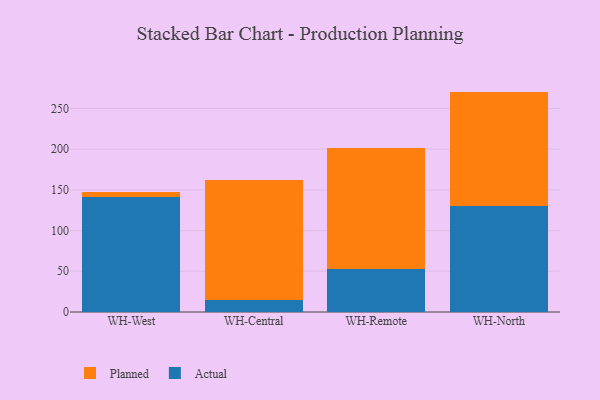
{"axis": {"x": "Warehouse", "y": "Market Share (%)"}, "legend": ["Actual", "Planned"], "data": [{"x": "WH-West", "y": 141.8, "type": "Actual"}, {"x": "WH-West", "y": 5.5, "type": "Planned"}, {"x": "WH-Central", "y": 15.2, "type": "Actual"}, {"x": "WH-Central", "y": 147.0, "type": "Planned"}, {"x": "WH-Remote", "y": 52.9, "type": "Actual"}, {"x": "WH-Remote", "y": 148.5, "type": "Planned"}, {"x": "WH-North", "y": 129.9, "type": "Actual"}, {"x": "WH-North", "y": 140.8, "type": "Planned"}]}